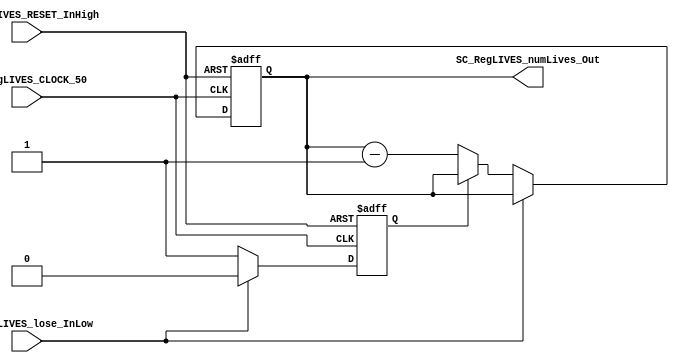
//=======================================================
//  MODULE Definition
//=======================================================
module SC_RegLIVES (
	//////////// OUTPUTS //////////
	SC_RegLIVES_numLives_Out,
	//////////// INPUTS //////////
	SC_RegLIVES_CLOCK_50,
	SC_RegLIVES_RESET_InHigh,
	SC_RegLIVES_lose_InLow
);
//=======================================================
//  PARAMETER declarations
//=======================================================

//=======================================================
//  PORT declarations
//=======================================================
output 	[1:0] SC_RegLIVES_numLives_Out;
input		SC_RegLIVES_CLOCK_50;
input		SC_RegLIVES_RESET_InHigh;
input		SC_RegLIVES_lose_InLow;

//=======================================================
//  REG/WIRE declarations
//=======================================================
reg [1:0] RegLIVES_Register;
reg [1:0] RegLIVES_Signal;

reg RegJUSTLOST_Register; //Registro de si acaba de perder (evita que se pierdan varias vidas en 1)
reg RegJUSTLOST_Signal;
//=======================================================
//  Structural coding
//=======================================================

always @(*)
begin
	if (SC_RegLIVES_lose_InLow == 1'b0) begin
		if (RegJUSTLOST_Register == 1'b0)
			RegLIVES_Signal = RegLIVES_Register - 2'b01; //Pierde una vida		
		else
			RegLIVES_Signal = RegLIVES_Register;	
		
		RegJUSTLOST_Signal = 1'b1;
	end else begin
		RegLIVES_Signal = RegLIVES_Register;
		RegJUSTLOST_Signal = 1'b0;
	end
end

always @(posedge SC_RegLIVES_CLOCK_50, posedge SC_RegLIVES_RESET_InHigh)
begin
	if (SC_RegLIVES_RESET_InHigh == 1'b1) begin
		RegLIVES_Register <= 2'b11; //El valor inicial de las vidas es 3
		RegJUSTLOST_Register <= 1'b0;
	end else begin
		RegLIVES_Register <= RegLIVES_Signal;
		RegJUSTLOST_Register <= RegJUSTLOST_Signal;
	end
end
//=======================================================
//  Outputs
//=======================================================
//OUTPUT LOGIC: COMBINATIONAL
assign SC_RegLIVES_numLives_Out = RegLIVES_Register;

endmodule